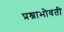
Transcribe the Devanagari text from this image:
प्रश्नाभोवती